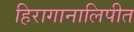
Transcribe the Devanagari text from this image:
हिरागानालिपीत